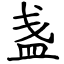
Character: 盏